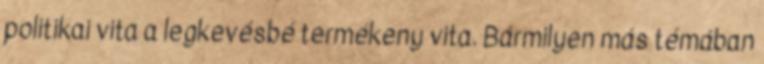
politikai vita a legkevésbé termékeny vita. Bármilyen más témában